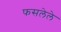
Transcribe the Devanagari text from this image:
फसलेले